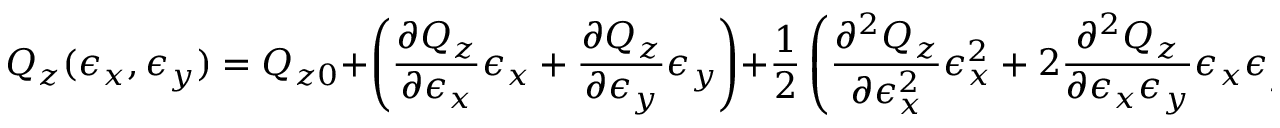
Q _ { z } ( \epsilon _ { x } , \epsilon _ { y } ) = Q _ { z 0 } + \left( \frac { \partial Q _ { z } } { \partial \epsilon _ { x } } \epsilon _ { x } + \frac { \partial Q _ { z } } { \partial \epsilon _ { y } } \epsilon _ { y } \right) + \frac { 1 } { 2 } \left( \frac { \partial ^ { 2 } Q _ { z } } { \partial \epsilon _ { x } ^ { 2 } } \epsilon _ { x } ^ { 2 } + 2 \frac { \partial ^ { 2 } Q _ { z } } { \partial \epsilon _ { x } \epsilon _ { y } } \epsilon _ { x } \epsilon _ { y } + \frac { \partial ^ { 2 } Q _ { z } } { \partial \epsilon _ { y } ^ { 2 } } \epsilon _ { y } ^ { 2 } \right) + . . . \; .